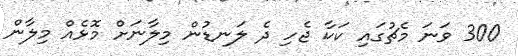
300 ވަނަ މެޗުގައި ކަކާ ޖެހި ދެ ލަނޑުން މިލާނަށް މޮޅެއް މިލާން